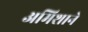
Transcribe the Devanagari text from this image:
अमिशाने